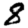
Digit: 8